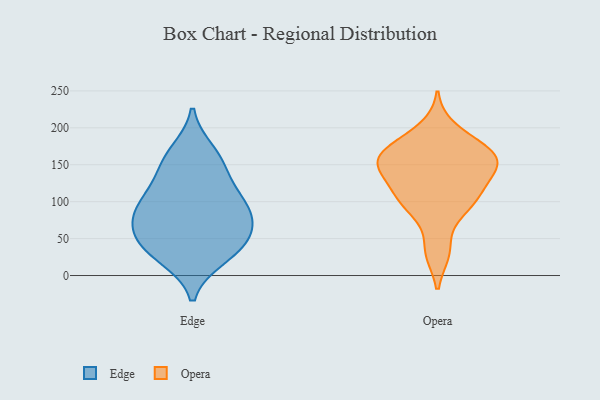
{"axis": {"x": "Customer Acquisition Cost (USD)", "y": "Value"}, "legend": ["Edge", "Opera"], "data": [{"x": "", "y": 154, "type": "Edge"}, {"x": "", "y": 37, "type": "Edge"}, {"x": "", "y": 141, "type": "Edge"}, {"x": "", "y": 105, "type": "Edge"}, {"x": "", "y": 99, "type": "Edge"}, {"x": "", "y": 81, "type": "Edge"}, {"x": "", "y": 167, "type": "Edge"}, {"x": "", "y": 50, "type": "Edge"}, {"x": "", "y": 70, "type": "Edge"}, {"x": "", "y": 99, "type": "Edge"}, {"x": "", "y": 66, "type": "Edge"}, {"x": "", "y": 25, "type": "Edge"}, {"x": "", "y": 34, "type": "Edge"}, {"x": "", "y": 162, "type": "Opera"}, {"x": "", "y": 176, "type": "Opera"}, {"x": "", "y": 120, "type": "Opera"}, {"x": "", "y": 149, "type": "Opera"}, {"x": "", "y": 90, "type": "Opera"}, {"x": "", "y": 184, "type": "Opera"}, {"x": "", "y": 32, "type": "Opera"}, {"x": "", "y": 111, "type": "Opera"}, {"x": "", "y": 33, "type": "Opera"}, {"x": "", "y": 96, "type": "Opera"}, {"x": "", "y": 159, "type": "Opera"}, {"x": "", "y": 199, "type": "Opera"}, {"x": "", "y": 90, "type": "Opera"}, {"x": "", "y": 108, "type": "Opera"}, {"x": "", "y": 128, "type": "Opera"}, {"x": "", "y": 153, "type": "Opera"}, {"x": "", "y": 159, "type": "Opera"}, {"x": "", "y": 144, "type": "Opera"}, {"x": "", "y": 161, "type": "Opera"}, {"x": "", "y": 155, "type": "Opera"}]}